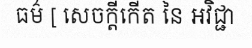
ធម៌ [ សេចក្តីកើត នៃ អវិជ្ជា